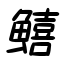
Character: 鱚